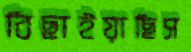
বিছাইয়াছিস